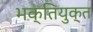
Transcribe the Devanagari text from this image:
भक्तियुक्‍त